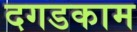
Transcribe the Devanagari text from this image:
दगडकाम